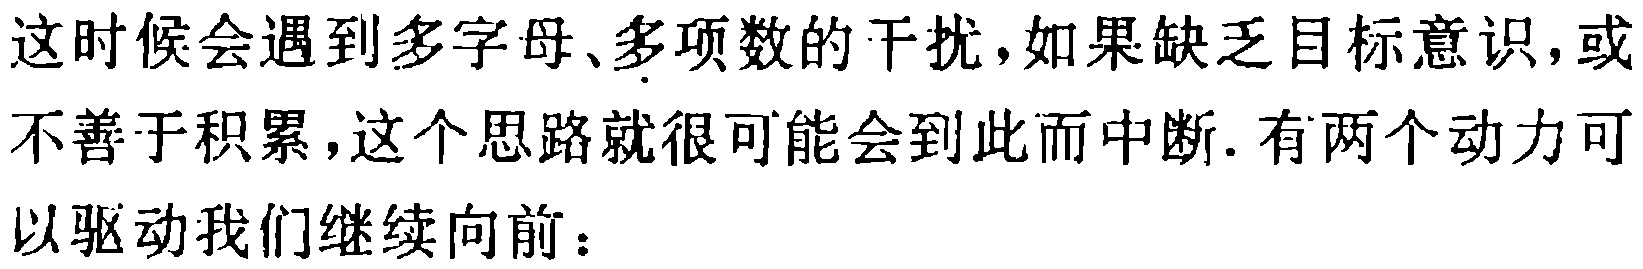
这时候会遇到多字母、多项数的干扰,如果缺乏目标意识,或不善于积累,这个思路就很可能会到此而中断. 有两个动力可以驱动我们继续向前：